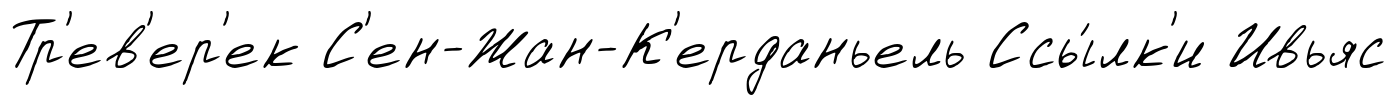
Тр'ев'ер'ек С'ен-Жан-К'ерданьель Ссы́лк'и Ивьяс